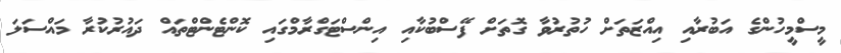
މީސްމީހުންގެ އަބުރާއި އިއްޒަތަށް ހުތުރުވާ ގޮތަށް ފޭސްބުކާއި އިންސްޓަގްރާމްގައި ކޮންޓެންޓްތައް ދައުރުކުރާ މައްސަލަ